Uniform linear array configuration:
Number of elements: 24
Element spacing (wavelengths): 1
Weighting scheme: uniform
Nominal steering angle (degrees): -60
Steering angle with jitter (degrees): -59.284
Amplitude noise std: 0.05
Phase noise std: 0.05

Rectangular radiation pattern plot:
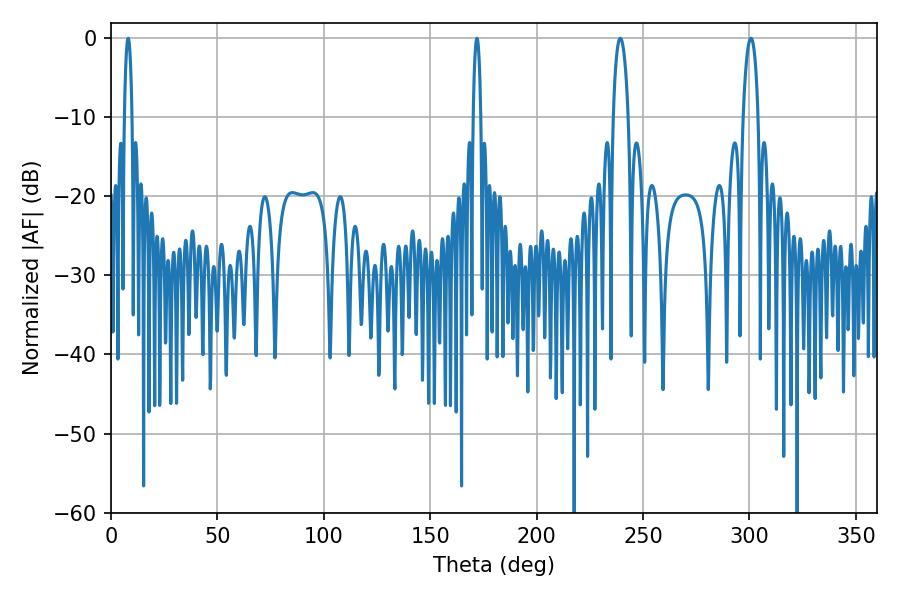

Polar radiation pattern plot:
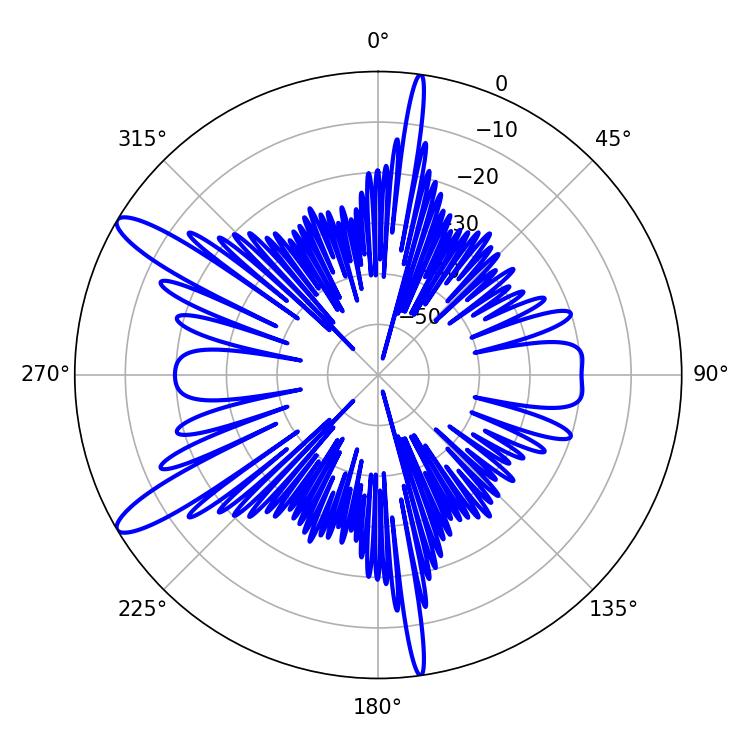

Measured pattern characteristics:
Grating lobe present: TRUE
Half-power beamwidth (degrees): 3.96
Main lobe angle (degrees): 239.22